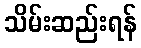
သိမ်းဆည်းရန်